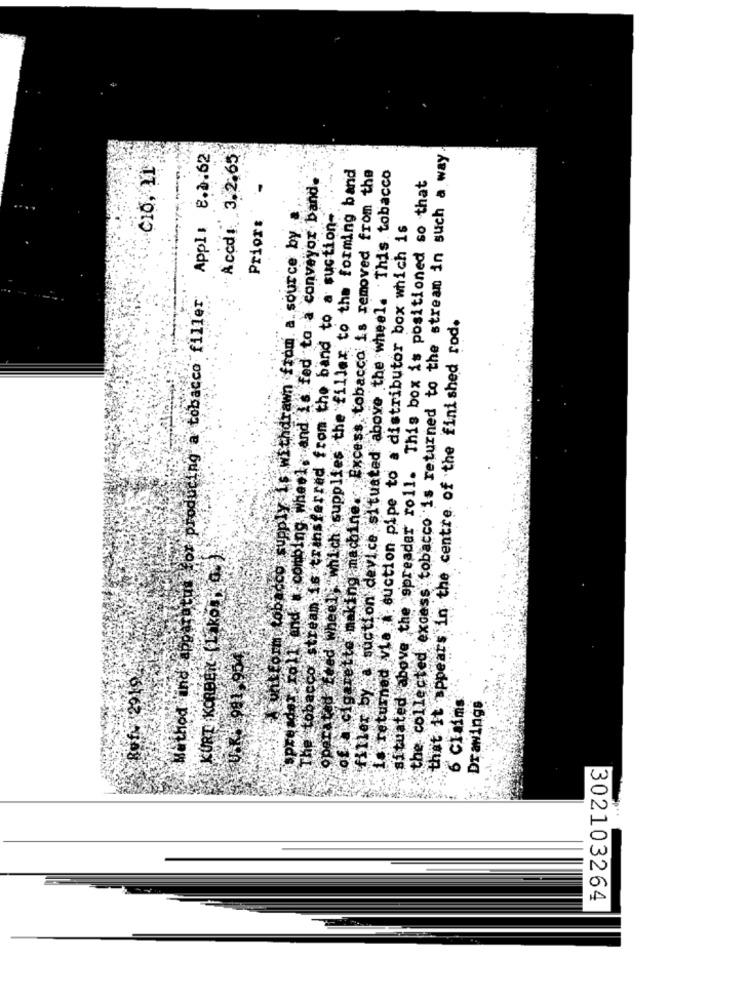
Appl: 8.1.62
Accdi 3. 2.65
the collected excess tobacco is returned to the stream in such a way
CIO, LI
el, which supplies the fillex to the forming band
@ machine. Excess tobacco is removed from the
filler by a suction device situated above the wheel. This tobacco
all end . combing wheel, and Is fed to a conveyor band.
situated above the spreader roll. This box is positioned so that
o stream is transferred from the band to a suction-
Prior:
A unitform tobacco supply is withdrawn from a source by a
is returned via asuction pipe to a distributor box which is
Method ind apparatus for producing a tobacco filler
that it appears in the centre of the finished rod.
Ha Cigarette making ma
KURT KORBEN (L KO HO
operated Ered Wheel
J.K. 981.954
The tobacco
Ruf- 2019/
6 Claims
Drawings
302103264